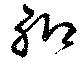
聊